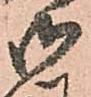
御